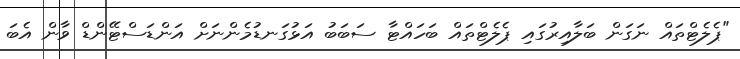
"ޕެލެޓްތައް ނަގަން ބަލާއިރުގައި ޕެލެޓްތައް ބަހައްޓާ ސަބަބު އަޅުގަނޑުމެންނަށް އަންޑަސްޓޭންޑް ވާން އެބަ